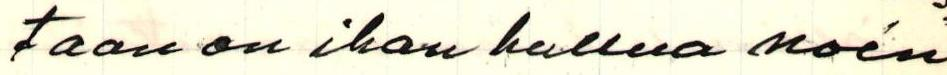
taan on ihan hullua noin